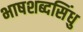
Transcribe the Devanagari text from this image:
भाषशब्दसिंधु